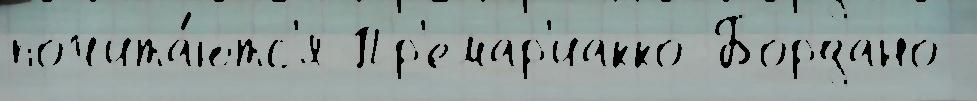
почита́ютс'я Пр'емар'иакко Бордано